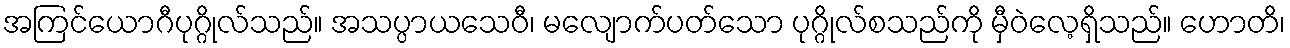
အကြင်ယောဂီပုဂ္ဂိုလ်သည်။ အသပ္ပာယသေဝီ၊ မလျောက်ပတ်သော ပုဂ္ဂိုလ်စသည်ကို မှီဝဲလေ့ရှိသည်။ ဟောတိ၊